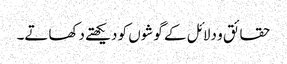
حقائق و دلائل کے گوشوں کو دیکھتے دکھاتے۔